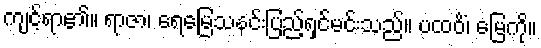
ကျင့်ရာ၏။ ရာဇာ၊ ရေမြေသနင်းပြည့်ရှင်မင်းသည်။ ပထဝိံ၊ မြေကို။